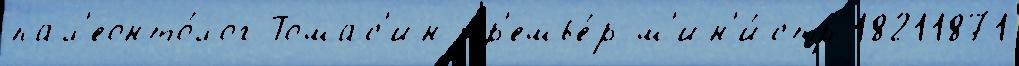
пал'еонто́лог Томас'ин пр'емье́р-м'ин'и́стр 18211871